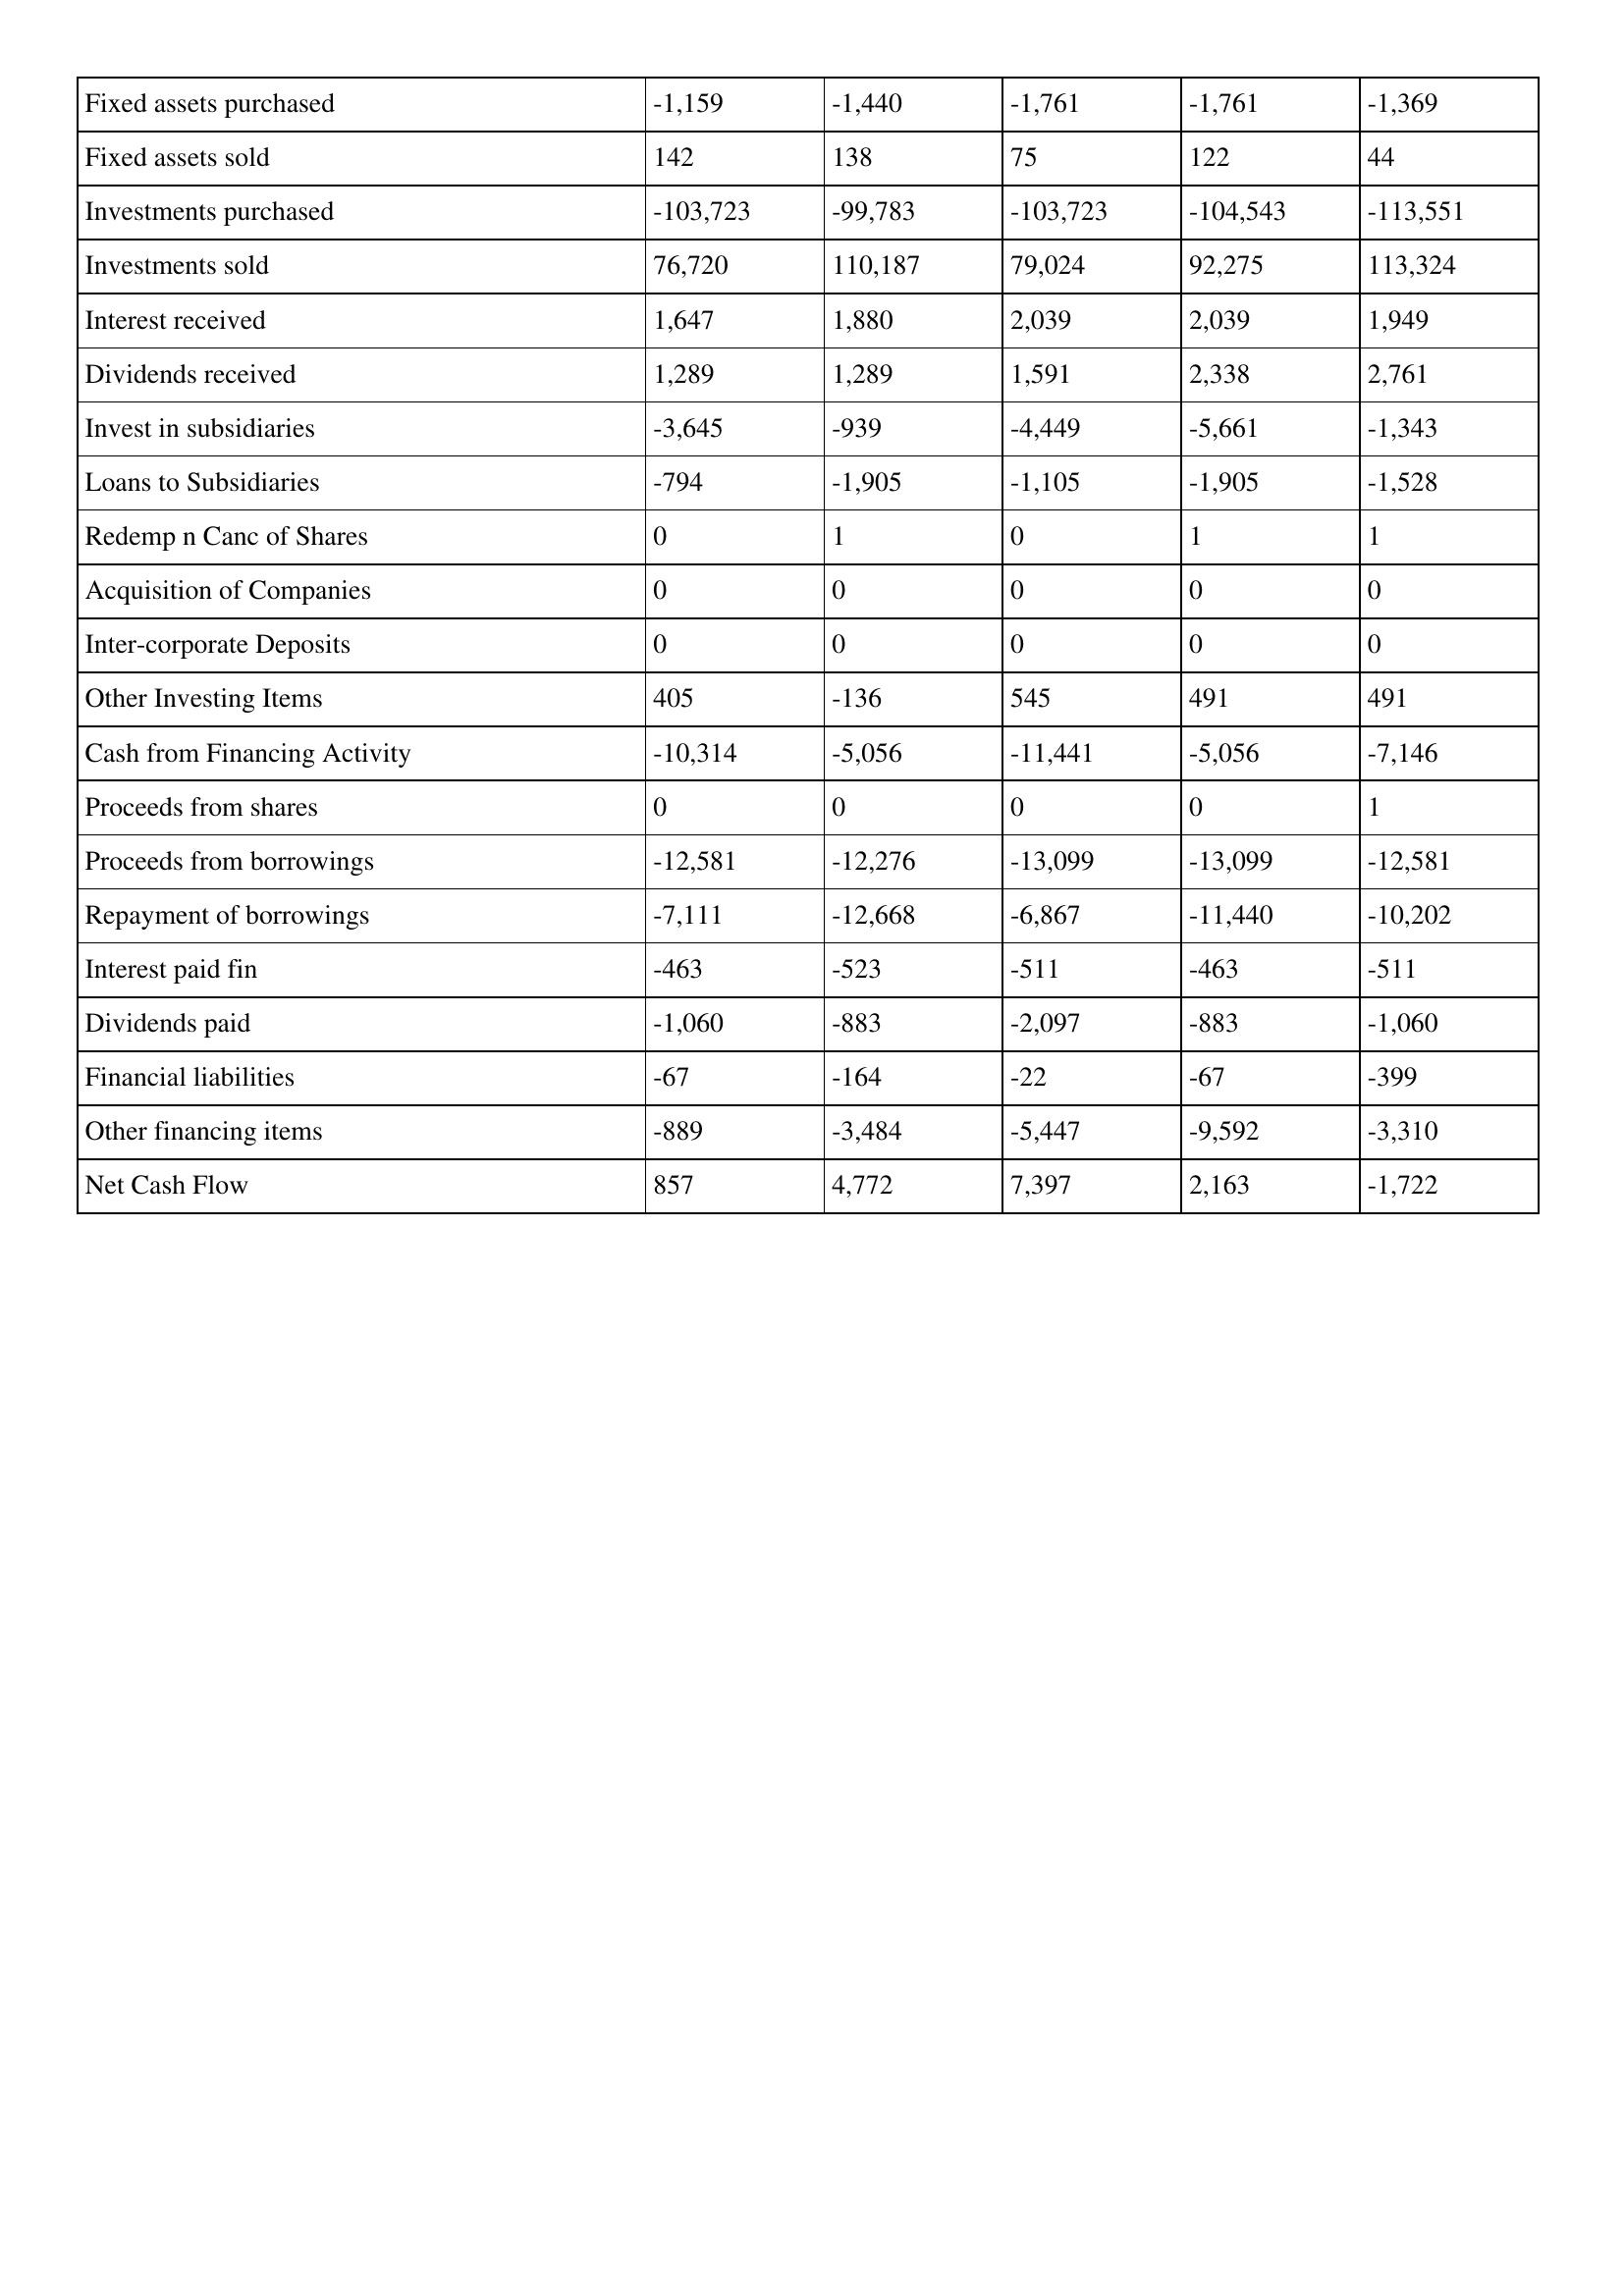
gt_parse: 2011: Cash Flows: Fixed assets purchased: -1,159
Fixed assets sold: 142
Investments purchased: -103,723
Investments sold: 76,720
Interest received: 1,647
Dividends received: 1,289
Invest in subsidiaries: -3,645
Loans to Subsidiaries: -794
Redemp n Canc of Shares: 0
Acquisition of Companies: 0
Inter-corporate Deposits: 0
Other Investing Items: 405
Cash from Financing Activity: -10,314
Proceeds from shares: 0
Proceeds from borrowings: -12,581
Repayment of borrowings: -7,111
Interest paid fin: -463
Dividends paid: -1,060
Financial liabilities: -67
Other financing items: -889
Net Cash Flow: 857
2010: Cash Flows: Fixed assets purchased: -1,440
Fixed assets sold: 138
Investments purchased: -99,783
Investments sold: 110,187
Interest received: 1,880
Dividends received: 1,289
Invest in subsidiaries: -939
Loans to Subsidiaries: -1,905
Redemp n Canc of Shares: 1
Acquisition of Companies: 0
Inter-corporate Deposits: 0
Other Investing Items: -136
Cash from Financing Activity: -5,056
Proceeds from shares: 0
Proceeds from borrowings: -12,276
Repayment of borrowings: -12,668
Interest paid fin: -523
Dividends paid: -883
Financial liabilities: -164
Other financing items: -3,484
Net Cash Flow: 4,772
2009: Cash Flows: Fixed assets purchased: -1,761
Fixed assets sold: 75
Investments purchased: -103,723
Investments sold: 79,024
Interest received: 2,039
Dividends received: 1,591
Invest in subsidiaries: -4,449
Loans to Subsidiaries: -1,105
Redemp n Canc of Shares: 0
Acquisition of Companies: 0
Inter-corporate Deposits: 0
Other Investing Items: 545
Cash from Financing Activity: -11,441
Proceeds from shares: 0
Proceeds from borrowings: -13,099
Repayment of borrowings: -6,867
Interest paid fin: -511
Dividends paid: -2,097
Financial liabilities: -22
Other financing items: -5,447
Net Cash Flow: 7,397
2008: Cash Flows: Fixed assets purchased: -1,761
Fixed assets sold: 122
Investments purchased: -104,543
Investments sold: 92,275
Interest received: 2,039
Dividends received: 2,338
Invest in subsidiaries: -5,661
Loans to Subsidiaries: -1,905
Redemp n Canc of Shares: 1
Acquisition of Companies: 0
Inter-corporate Deposits: 0
Other Investing Items: 491
Cash from Financing Activity: -5,056
Proceeds from shares: 0
Proceeds from borrowings: -13,099
Repayment of borrowings: -11,440
Interest paid fin: -463
Dividends paid: -883
Financial liabilities: -67
Other financing items: -9,592
Net Cash Flow: 2,163
2007: Cash Flows: Fixed assets purchased: -1,369
Fixed assets sold: 44
Investments purchased: -113,551
Investments sold: 113,324
Interest received: 1,949
Dividends received: 2,761
Invest in subsidiaries: -1,343
Loans to Subsidiaries: -1,528
Redemp n Canc of Shares: 1
Acquisition of Companies: 0
Inter-corporate Deposits: 0
Other Investing Items: 491
Cash from Financing Activity: -7,146
Proceeds from shares: 1
Proceeds from borrowings: -12,581
Repayment of borrowings: -10,202
Interest paid fin: -511
Dividends paid: -1,060
Financial liabilities: -399
Other financing items: -3,310
Net Cash Flow: -1,722